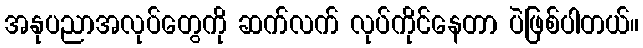
အနုပညာအလုပ်တွေကို ဆက်လက် လုပ်ကိုင်နေတာ ပဲဖြစ်ပါတယ်။